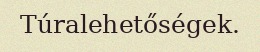
Túralehetőségek.